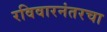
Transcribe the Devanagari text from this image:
रविवारनंतरचा